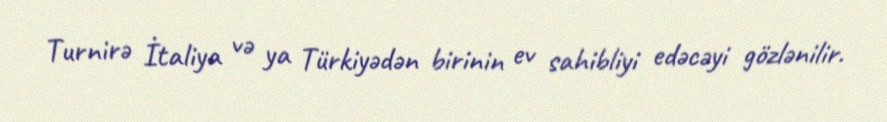
Turnirə İtaliya və ya Türkiyədən birinin ev sahibliyi edəcəyi gözlənilir.